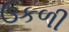
ઉકળી